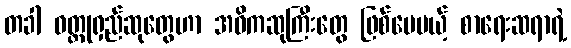
တခါ ဝတ္ထုရှည်ဆုတွေဟာ အဓိကဆုကြီးတွေ ဖြစ်ပေမယ့် စာရေးဆရာရဲ့